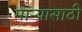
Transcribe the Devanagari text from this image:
माऱ्यासाठी